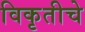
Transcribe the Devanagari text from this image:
विकृतीचे